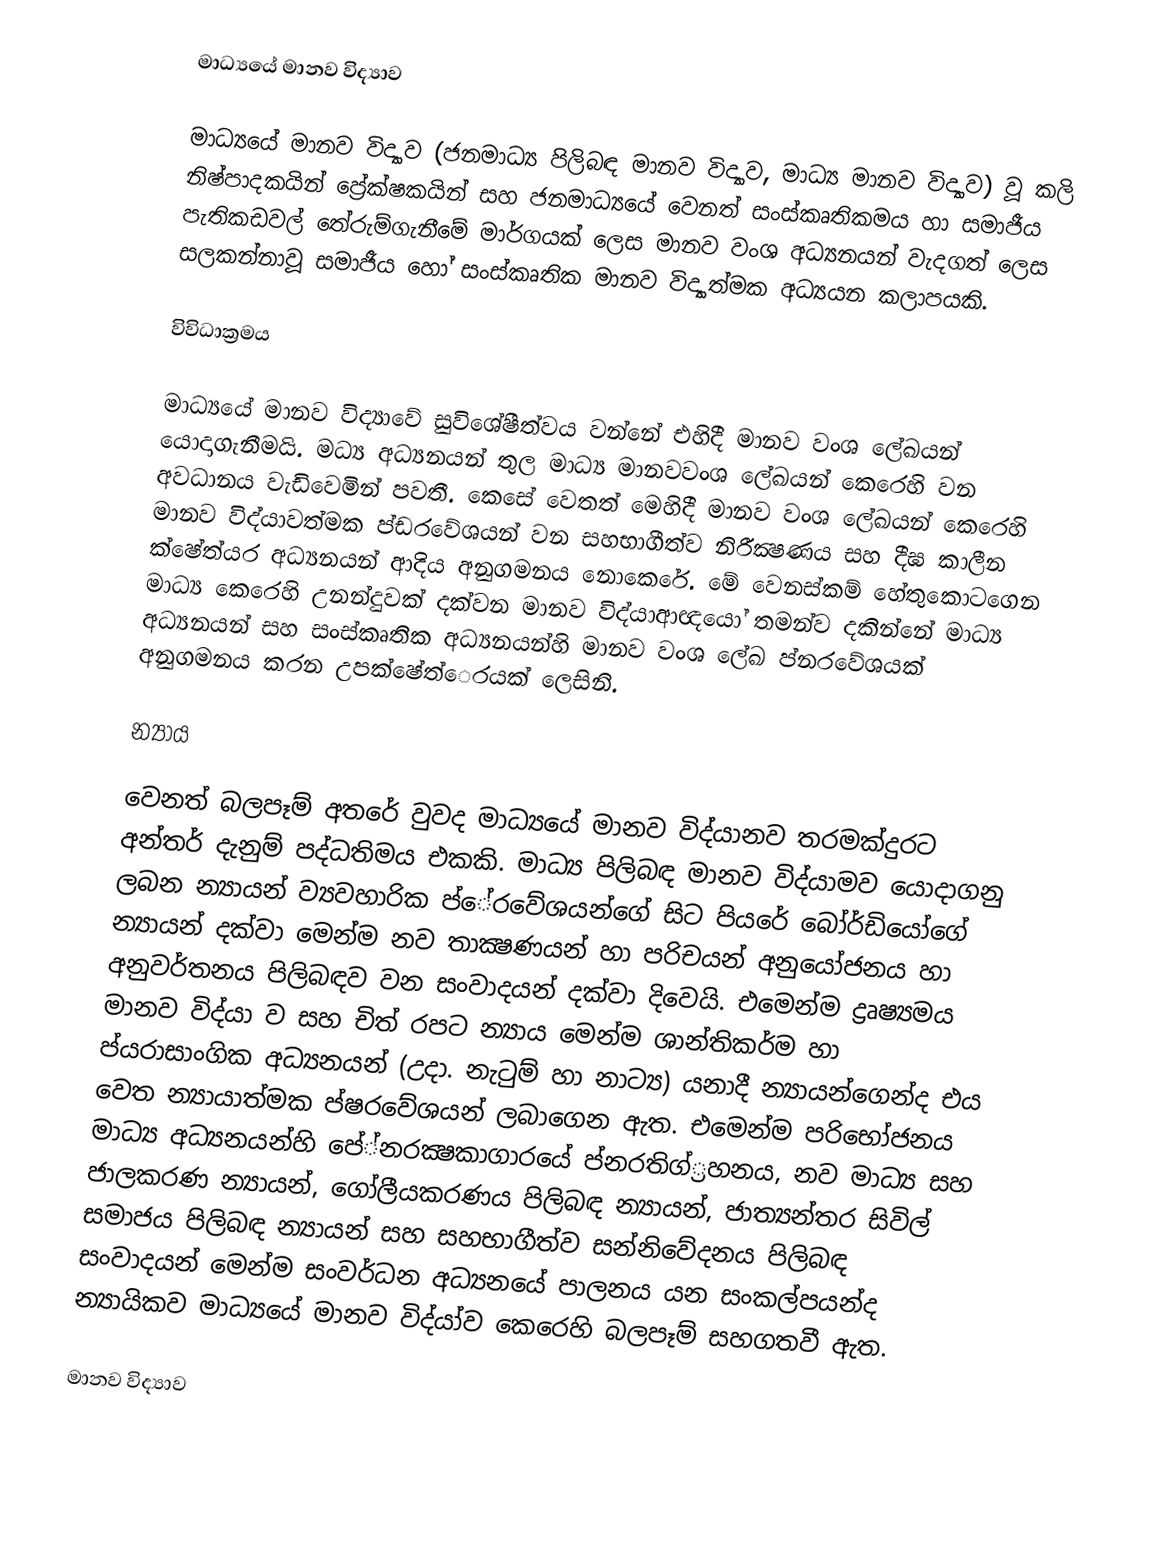
මාධ්‍යයේ මානව විද්‍යාව

මාධ්‍යයේ මානව විද්‍යාව (ජනමාධ්‍ය පිලිබඳ මානව විද්‍යාව, මාධ්‍ය මානව විද්‍යාව) වූ කලි නිෂ්පාදකයින් ප්‍රේක්ෂකයින් සහ ජනමාධ්‍යයේ වෙනත් සංස්කෘතිකමය හා සමාජීය පැතිකඩවල් තේරුම්ගැනීමේ මාර්ගයක් ලෙස මානව වංශ අධ්‍යනයන් වැදගත් ලෙස සලකන්නාවූ සමාජීය හෝ සංස්කෘතික මානව විද්‍යාත්මක  අධ්‍යයන කලාපයකි.

විවිධාක්‍රමය

මාධ්‍යයේ මානව විද්‍යාවේ සුවිශේෂීත්වය වන්නේ එහිදී මානව වංශ ලේඛයන් යොදාගැනීමයි. මධ්‍ය අධ්‍යනයන් තුල මාධ්‍ය මානවවංශ ලේඛයන් කෙරෙහි වන අවධානය වැඩිවෙමින් පවතී. කෙසේ වෙතත් මෙහිදී මානව වංශ ලේඛයන් කෙරෙහි මානව විද්යාවත්මක ප්ඩ‍රවේශයන් වන සහභාගීත්ව නිරීක්‍ෂණය සහ දීඝ කාලීන ක්ෂේත්ය‍ර අධ්‍යනයන් ආදිය අනුගමනය නොකෙරේ. මේ වෙනස්කම් හේතුකොටගෙන මාධ්‍ය කෙරෙහි උනන්දුවක් දක්වන මානව විද්යාආඥයෝ තමන්ව දකින්නේ මාධ්‍ය අධ්‍යනයන් සහ සංස්කෘතික අධ්‍යනයන්හි මානව වංශ ලේඛ ප්න‍රවේශයක් අනුගමනය කරන උපක්ෂේත්ෙ‍රයක් ලෙසිනි.

න්‍යාය

වෙනත් බලපෑම් අතරේ වුවද මාධ්‍යයේ මානව විද්යානව තරමක්දුරට අන්තර් දැනුම් පද්ධතිමය එකකි. මාධ්‍ය පිලිබඳ මානව විද්යාමව යොදාගනු ලබන න්‍යායන් ව්‍යවහාරික ප්ේ‍රවේශයන්ගේ සිට පියරේ බෝර්ඩියෝගේ න්‍යායන් දක්වා මෙන්ම නව තාක්‍ෂණයන් හා පරිචයන් අනුයෝජනය හා අනුවර්තනය පිලිබඳව වන සංවාදයන් දක්වා දිවෙයි. එමෙන්ම ද්‍රෘෂ්‍යමය මානව විද්යා ව සහ චිත් ‍රපට න්‍යාය මෙන්ම ශාන්තිකර්ම හා ප්ය‍රාසාංගික අධ්‍යනයන් (උදා. නැටුම් හා නාට්‍ය) යනාදී න්‍යායන්ගෙන්ද එය වෙත න්‍යායාත්මක ප්ෂ‍රවේශයන් ලබාගෙන ඇත. එමෙන්ම පරිභෝජනය මාධ්‍ය අධ්‍යනයන්හි පේ්න‍රක්‍ෂකාගාරයේ ප්න‍රතිග්්‍රහනය, නව මාධ්‍ය සහ ජාලකරණ න්‍යායන්, ගෝලීයකරණය පිලිබඳ න්‍යායන්, ජාත්‍යන්තර සිවිල් සමාජය පිලිබඳ න්‍යායන් සහ සහභාගීත්ව සන්නිවේදනය පිලිබඳ සංවාදයන් මෙන්ම සංවර්ධන අධ්‍යනයේ පාලනය යන සංකල්පයන්ද න්‍යායිකව මාධ්‍යයේ මානව විද්යා්ව කෙරෙහි බලපෑම් සහගතවී ඇත.

මානව විද්‍යාව